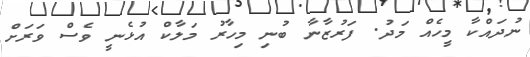
ނުދައްކާ މީހެއް މަދު. ފަރުޒާނާ ބުނި މިހާރު މަލާކް އުޅެނީ ވެސް ވަރަށް